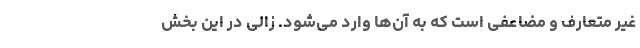
غیر متعارف و مضاعفی است که به آن‌ها وارد می‌شود. زالی در این بخش